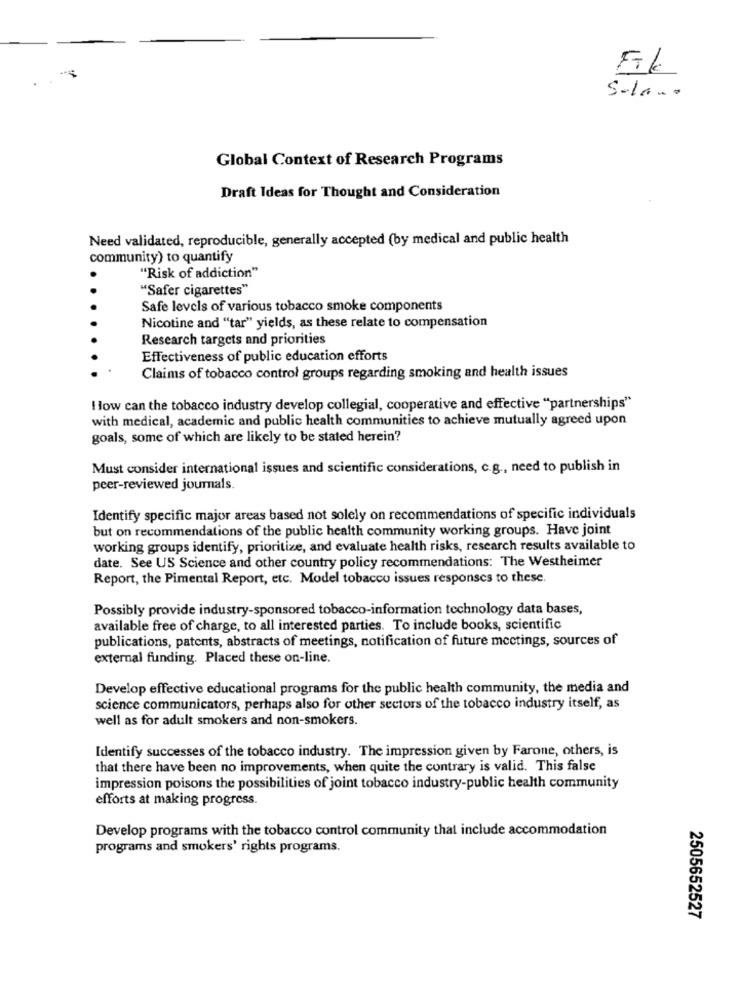
Fik
5-la ..
Global Context of Research Programs
Draft Ideas for Thought and Consideration
Need validated, reproducible, generally accepted (by medical and public health
community) to quantify
"Risk of addiction"
"Safer cigarettes"
Safe levels of various tobacco smoke components
Nicotine and "tar" yields, as these relate to compensation
Research targets and priorities
Effectiveness of public education efforts
Claims of tobacco control groups regarding smoking and health issues
How can the tobacco industry develop collegial, cooperative and effective "partnerships"
with medical, academic and public health communities to achieve mutually agreed upon
goals, some of which are likely to be stated herein?
Must consider international issues and scientific considerations, c.g ., need to publish in
peer-reviewed journals.
Identify specific major areas based not solely on recommendations of specific individuals
but on recommendations of the public health community working groups. Have joint
working groups identify, prioritize, and evaluate health risks, research results available to
date. See US Science and other country policy recommendations: The Westheimer
Report, the Pimental Report, etc. Model tobacco issues responses to these.
Possibly provide industry-sponsored tobacco-information technology data bases,
available free of charge, to all interested parties. To include books, scientific
publications, patents, abstracts of meetings, notification of future meetings, sources of
external funding. Placed these on-line.
Develop effective educational programs for the public health community, the media and
science communicators, perhaps also for other sectors of the tobacco industry itself, as
well as for adult smokers and non-smokers.
Identify successes of the tobacco industry. The impression given by Farone, others, is
that there have been no improvements, when quite the contrary is valid. This false
impression poisons the possibilities of joint tobacco industry-public health community
efforts at making progress.
Develop programs with the tobacco control community that include accommodation
programs and smokers' rights programs.
2505652527